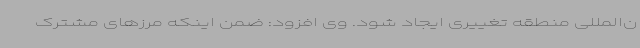
ن‌المللی منطقه تغییری ایجاد شود. وی افزود: ضمن اینکه مرزهای مشترک